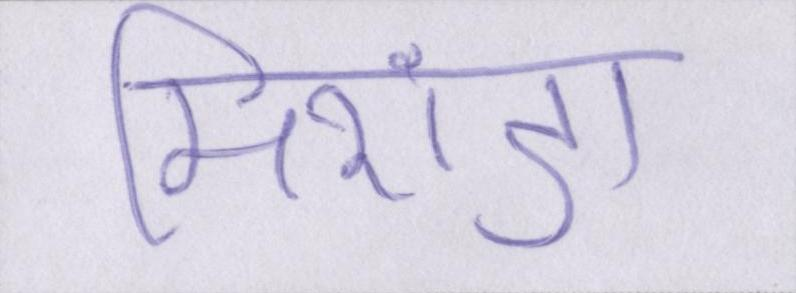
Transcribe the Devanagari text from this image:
मिरांडा